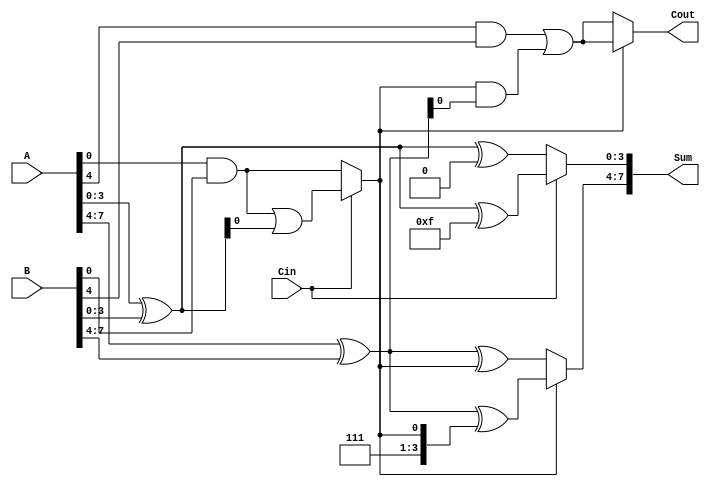
module CCSA_8bit (
    input [7:0] A,       // 8-bit input A
    input [7:0] B,       // 8-bit input B
    input Cin,           // Carry-in
    output [7:0] Sum,    // 8-bit Sum output
    output Cout          // Carry-out
);

    // Internal signals for the first segment (lower 4 bits)
    wire [3:0] Sum0_0, Sum1_0, Carry0_0, Carry1_0;
    wire C_out_0;

    // Internal signals for the second segment (upper 4 bits)
    wire [3:0] Sum0_1, Sum1_1, Carry0_1, Carry1_1;
    wire C_out_1;

    // First segment (lower 4 bits)
    // Calculate Sum and Carry assuming Cin = 0
    assign Sum0_0 = A[3:0] ^ B[3:0] ^ 4'b0000; // Sum when Cin = 0
    assign Carry0_0 = (A[3:0] & B[3:0]) | (4'b0000 & (A[3:0] ^ B[3:0]));

    // Calculate Sum and Carry assuming Cin = 1
    assign Sum1_0 = A[3:0] ^ B[3:0] ^ 4'b1111; // Sum when Cin = 1
    assign Carry1_0 = (A[3:0] & B[3:0]) | (4'b1111 & (A[3:0] ^ B[3:0]));

    // Multiplexer to select the correct sum and carry for the first segment
    assign C_out_0 = Cin ? Carry1_0 : Carry0_0;
    assign Sum[3:0] = Cin ? Sum1_0 : Sum0_0;

    // Second segment (upper 4 bits)
    // Calculate Sum and Carry assuming Cin = 0
    assign Sum0_1 = A[7:4] ^ B[7:4] ^ {3'b000, C_out_0}; // Sum when Cin = 0
    assign Carry0_1 = (A[7:4] & B[7:4]) | ({3'b000, C_out_0} & (A[7:4] ^ B[7:4]));

    // Calculate Sum and Carry assuming Cin = 1
    assign Sum1_1 = A[7:4] ^ B[7:4] ^ {3'b111, C_out_0}; // Sum when Cin = 1
    assign Carry1_1 = (A[7:4] & B[7:4]) | ({3'b111, C_out_0} & (A[7:4] ^ B[7:4]));

    // Multiplexer to select the correct sum and carry for the second segment
    assign Cout = C_out_0 ? Carry1_1 : Carry0_1;
    assign Sum[7:4] = C_out_0 ? Sum1_1 : Sum0_1;

endmodule